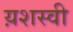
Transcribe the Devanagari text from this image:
य़शस्वी